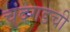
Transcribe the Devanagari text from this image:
चंदगडची